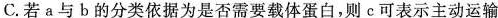
C.若a与b的分类依据为是否需要载体蛋白，则c可表示主动运输